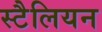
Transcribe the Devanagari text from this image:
स्टैलियन